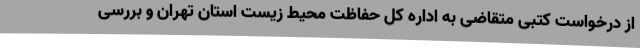
از درخواست کتبی متقاضی به اداره کل حفاظت محیط زیست استان تهران و بررسی